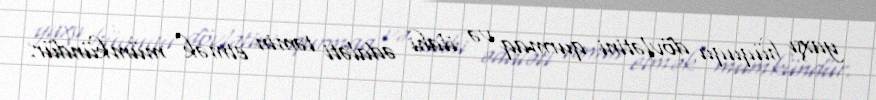
yaxşı hüququ dövlətini qurmaq və ilahi ədaləti təmin etmək mümkündür.